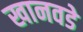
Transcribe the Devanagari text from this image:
खानवडे